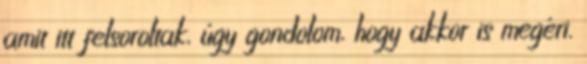
amit itt felsoroltak, úgy gondolom, hogy akkor is megéri.